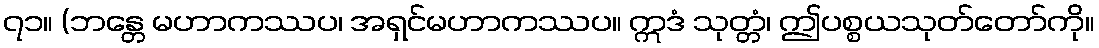
၇၁။ (ဘန္တေ မဟာကဿပ၊ အရှင်မဟာကဿပ။ ဣဒံ သုတ္တံ၊ ဤပစ္စယသုတ်တော်ကို။